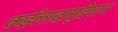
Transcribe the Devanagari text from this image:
कईलादामुदेयान